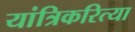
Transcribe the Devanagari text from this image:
यांत्रिकरित्या